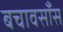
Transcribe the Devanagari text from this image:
बचावसाँस